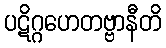
ပဋိဂ္ဂဟေတဗ္ဗာနီတိ